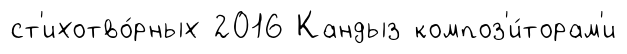
ст'ихотво́рных 2016 Кандыз композ'и́торам'и